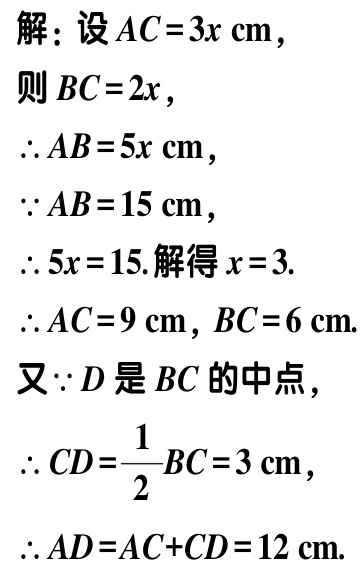
解：设\(AC = 3x\mathrm{cm}\)，
则\(BC = 2x\)，
\(\therefore AB = 5x\mathrm{cm}\)，
\(\because AB = 15\mathrm{cm}\)，
\(\therefore 5x = 15.\)解得\(x = 3.\)
\(\therefore AC = 9\mathrm{cm}\)，\(BC = 6\mathrm{cm}\).
又\(\because D\)是\(BC\)的中点，
\(\therefore CD=\dfrac{1}{2}BC = 3\mathrm{cm}\)，
\(\therefore AD = AC + CD = 12\mathrm{cm}\).